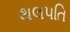
થલપતિ